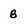
Character: B